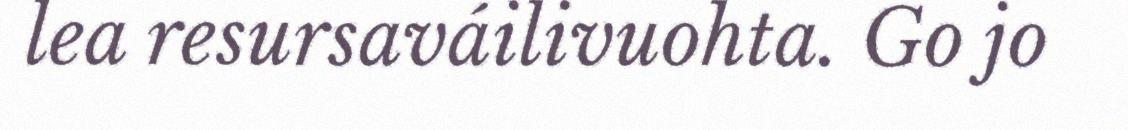
lea resursaváilivuohta. Go jo